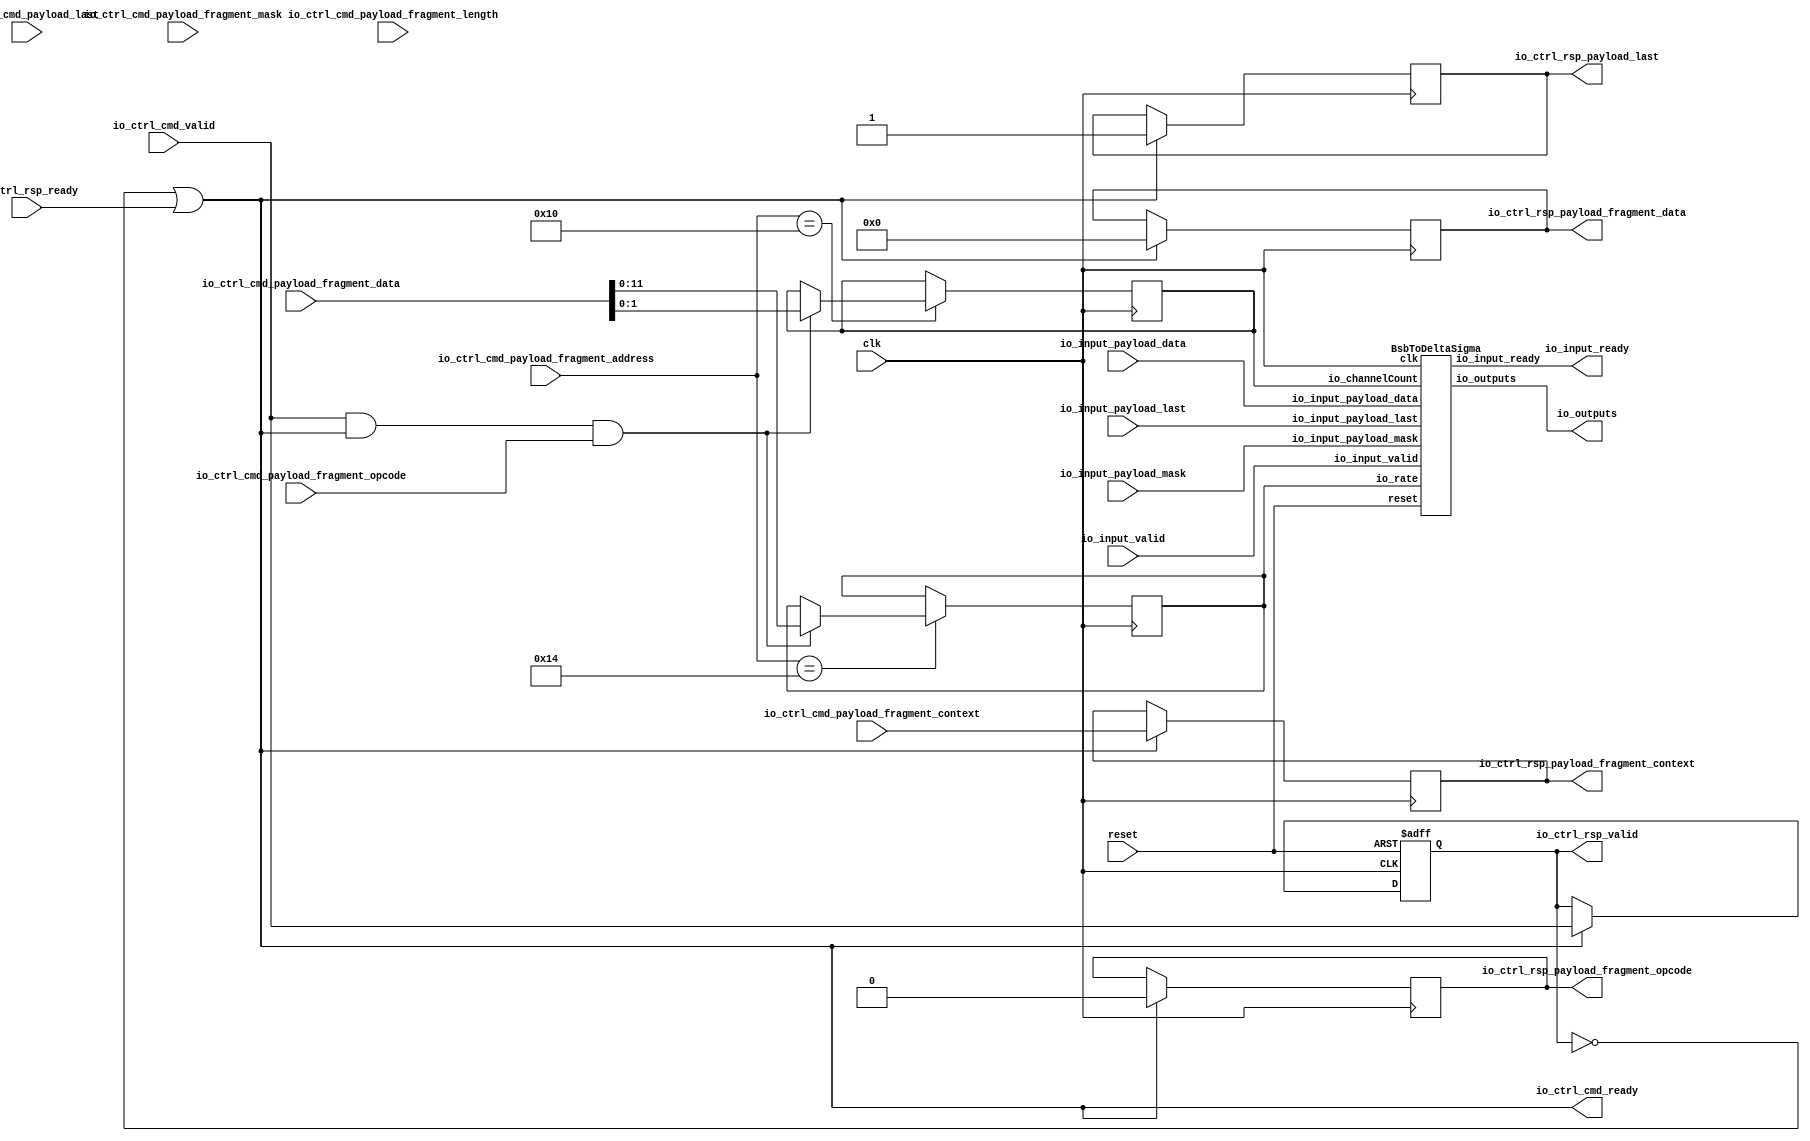
// Generator : SpinalHDL v1.4.3    git head : adf552d8f500e7419fff395b7049228e4bc5de26
// Component : BmbBsbToDeltaSigma
// Git hash  : adf552d8f500e7419fff395b7049228e4bc5de26



module BmbBsbToDeltaSigma (
  input               io_ctrl_cmd_valid,
  output              io_ctrl_cmd_ready,
  input               io_ctrl_cmd_payload_last,
  input      [0:0]    io_ctrl_cmd_payload_fragment_opcode,
  input      [11:0]   io_ctrl_cmd_payload_fragment_address,
  input      [1:0]    io_ctrl_cmd_payload_fragment_length,
  input      [31:0]   io_ctrl_cmd_payload_fragment_data,
  input      [3:0]    io_ctrl_cmd_payload_fragment_mask,
  input      [3:0]    io_ctrl_cmd_payload_fragment_context,
  output              io_ctrl_rsp_valid,
  input               io_ctrl_rsp_ready,
  output              io_ctrl_rsp_payload_last,
  output     [0:0]    io_ctrl_rsp_payload_fragment_opcode,
  output     [31:0]   io_ctrl_rsp_payload_fragment_data,
  output     [3:0]    io_ctrl_rsp_payload_fragment_context,
  input               io_input_valid,
  output              io_input_ready,
  input      [31:0]   io_input_payload_data,
  input      [3:0]    io_input_payload_mask,
  input               io_input_payload_last,
  output     [1:0]    io_outputs,
  input               clk,
  input               reset
);
  wire                core_io_input_ready;
  wire       [1:0]    core_io_outputs;
  wire                ctrl_readHaltTrigger;
  wire                ctrl_writeHaltTrigger;
  wire                ctrl_rsp_valid;
  wire                ctrl_rsp_ready;
  wire                ctrl_rsp_payload_last;
  wire       [0:0]    ctrl_rsp_payload_fragment_opcode;
  wire       [31:0]   ctrl_rsp_payload_fragment_data;
  wire       [3:0]    ctrl_rsp_payload_fragment_context;
  wire                _zz_1;
  wire                _zz_2;
  wire                _zz_3;
  reg                 _zz_4;
  reg                 _zz_5;
  reg        [0:0]    _zz_6;
  reg        [31:0]   _zz_7;
  reg        [3:0]    _zz_8;
  wire                ctrl_askWrite;
  wire                ctrl_askRead;
  wire                ctrl_doWrite;
  wire                ctrl_doRead;
  reg        [1:0]    _zz_9;
  reg        [11:0]   _zz_10;

  BsbToDeltaSigma core (
    .io_channelCount          (_zz_9[1:0]                   ), //i
    .io_rate                  (_zz_10[11:0]                 ), //i
    .io_input_valid           (io_input_valid               ), //i
    .io_input_ready           (core_io_input_ready          ), //o
    .io_input_payload_data    (io_input_payload_data[31:0]  ), //i
    .io_input_payload_mask    (io_input_payload_mask[3:0]   ), //i
    .io_input_payload_last    (io_input_payload_last        ), //i
    .io_outputs               (core_io_outputs[1:0]         ), //o
    .clk                      (clk                          ), //i
    .reset                    (reset                        )  //i
  );
  assign ctrl_readHaltTrigger = 1'b0;
  assign ctrl_writeHaltTrigger = 1'b0;
  assign _zz_1 = (! (ctrl_readHaltTrigger || ctrl_writeHaltTrigger));
  assign ctrl_rsp_ready = (_zz_2 && _zz_1);
  assign _zz_2 = ((1'b1 && (! _zz_3)) || io_ctrl_rsp_ready);
  assign _zz_3 = _zz_4;
  assign io_ctrl_rsp_valid = _zz_3;
  assign io_ctrl_rsp_payload_last = _zz_5;
  assign io_ctrl_rsp_payload_fragment_opcode = _zz_6;
  assign io_ctrl_rsp_payload_fragment_data = _zz_7;
  assign io_ctrl_rsp_payload_fragment_context = _zz_8;
  assign ctrl_askWrite = (io_ctrl_cmd_valid && (io_ctrl_cmd_payload_fragment_opcode == 1'b1));
  assign ctrl_askRead = (io_ctrl_cmd_valid && (io_ctrl_cmd_payload_fragment_opcode == 1'b0));
  assign ctrl_doWrite = ((io_ctrl_cmd_valid && io_ctrl_cmd_ready) && (io_ctrl_cmd_payload_fragment_opcode == 1'b1));
  assign ctrl_doRead = ((io_ctrl_cmd_valid && io_ctrl_cmd_ready) && (io_ctrl_cmd_payload_fragment_opcode == 1'b0));
  assign ctrl_rsp_valid = io_ctrl_cmd_valid;
  assign io_ctrl_cmd_ready = ctrl_rsp_ready;
  assign ctrl_rsp_payload_last = 1'b1;
  assign ctrl_rsp_payload_fragment_opcode = 1'b0;
  assign ctrl_rsp_payload_fragment_data = 32'h0;
  assign ctrl_rsp_payload_fragment_context = io_ctrl_cmd_payload_fragment_context;
  assign io_input_ready = core_io_input_ready;
  assign io_outputs = core_io_outputs;
  always @ (posedge clk or posedge reset) begin
    if (reset) begin
      _zz_4 <= 1'b0;
    end else begin
      if(_zz_2)begin
        _zz_4 <= (ctrl_rsp_valid && _zz_1);
      end
    end
  end

  always @ (posedge clk) begin
    if(_zz_2)begin
      _zz_5 <= ctrl_rsp_payload_last;
      _zz_6 <= ctrl_rsp_payload_fragment_opcode;
      _zz_7 <= ctrl_rsp_payload_fragment_data;
      _zz_8 <= ctrl_rsp_payload_fragment_context;
    end
    case(io_ctrl_cmd_payload_fragment_address)
      12'h010 : begin
        if(ctrl_doWrite)begin
          _zz_9 <= io_ctrl_cmd_payload_fragment_data[1 : 0];
        end
      end
      12'h014 : begin
        if(ctrl_doWrite)begin
          _zz_10 <= io_ctrl_cmd_payload_fragment_data[11 : 0];
        end
      end
      default : begin
      end
    endcase
  end


endmodule

module BsbToDeltaSigma (
  input      [1:0]    io_channelCount,
  input      [11:0]   io_rate,
  input               io_input_valid,
  output              io_input_ready,
  input      [31:0]   io_input_payload_data,
  input      [3:0]    io_input_payload_mask,
  input               io_input_payload_last,
  output reg [1:0]    io_outputs,
  input               clk,
  input               reset
);
  wire       [0:0]    _zz_1;
  reg                 _zz_2;
  wire       [15:0]   _zz_3;
  wire       [15:0]   _zz_4;
  wire                decoder_downSizer_io_input_ready;
  wire                decoder_downSizer_io_output_valid;
  wire       [31:0]   decoder_downSizer_io_output_payload_data;
  wire       [3:0]    decoder_downSizer_io_output_payload_mask;
  wire                decoder_downSizer_io_output_payload_last;
  wire                channels_0_toSigmaDelta_io_output;
  wire                channels_1_toSigmaDelta_io_output;
  wire                _zz_5;
  wire       [1:0]    _zz_6;
  reg                 decoder_downSizer_io_output_thrown_valid;
  wire                decoder_downSizer_io_output_thrown_ready;
  wire       [31:0]   decoder_downSizer_io_output_thrown_payload_data;
  wire       [3:0]    decoder_downSizer_io_output_thrown_payload_mask;
  wire                decoder_downSizer_io_output_thrown_payload_last;
  wire                decoder_toStream_valid;
  wire                decoder_toStream_ready;
  wire       [31:0]   decoder_toStream_payload;
  wire                decoder_output_valid;
  wire                decoder_output_ready;
  reg        [15:0]   decoder_output_payload_0;
  reg        [15:0]   decoder_output_payload_1;
  wire                decoder_adapter_valid;
  wire                decoder_adapter_ready;
  wire       [15:0]   decoder_adapter_payload_0;
  wire       [15:0]   decoder_adapter_payload_1;
  reg        [11:0]   sampler_counter = 12'b000000000000;
  wire                sampler_fire;
  wire                decoder_output_m2sPipe_valid;
  wire                decoder_output_m2sPipe_ready;
  wire       [15:0]   decoder_output_m2sPipe_payload_0;
  wire       [15:0]   decoder_output_m2sPipe_payload_1;
  reg                 decoder_output_m2sPipe_rValid;
  reg        [15:0]   decoder_output_m2sPipe_rData_0;
  reg        [15:0]   decoder_output_m2sPipe_rData_1;
  reg        [15:0]   sampler_state_0;
  reg        [15:0]   sampler_state_1;
  reg                 channels_0_buffer;
  reg                 channels_1_buffer;

  assign _zz_5 = (! decoder_downSizer_io_output_payload_mask[0]);
  assign _zz_6 = (io_channelCount - 2'b01);
  BsbDownSizerAlignedMultiWidth decoder_downSizer (
    .io_sel                    (_zz_1                                           ), //i
    .io_input_valid            (io_input_valid                                  ), //i
    .io_input_ready            (decoder_downSizer_io_input_ready                ), //o
    .io_input_payload_data     (io_input_payload_data[31:0]                     ), //i
    .io_input_payload_mask     (io_input_payload_mask[3:0]                      ), //i
    .io_input_payload_last     (io_input_payload_last                           ), //i
    .io_output_valid           (decoder_downSizer_io_output_valid               ), //o
    .io_output_ready           (_zz_2                                           ), //i
    .io_output_payload_data    (decoder_downSizer_io_output_payload_data[31:0]  ), //o
    .io_output_payload_mask    (decoder_downSizer_io_output_payload_mask[3:0]   ), //o
    .io_output_payload_last    (decoder_downSizer_io_output_payload_last        ), //o
    .clk                       (clk                                             ), //i
    .reset                     (reset                                           )  //i
  );
  UIntToSigmaDeltaFirstOrder channels_0_toSigmaDelta (
    .io_input     (_zz_3[15:0]                        ), //i
    .io_output    (channels_0_toSigmaDelta_io_output  ), //o
    .clk          (clk                                ), //i
    .reset        (reset                              )  //i
  );
  UIntToSigmaDeltaFirstOrder channels_1_toSigmaDelta (
    .io_input     (_zz_4[15:0]                        ), //i
    .io_output    (channels_1_toSigmaDelta_io_output  ), //o
    .clk          (clk                                ), //i
    .reset        (reset                              )  //i
  );
  assign _zz_1 = _zz_6[0:0];
  assign io_input_ready = decoder_downSizer_io_input_ready;
  always @ (*) begin
    decoder_downSizer_io_output_thrown_valid = decoder_downSizer_io_output_valid;
    if(_zz_5)begin
      decoder_downSizer_io_output_thrown_valid = 1'b0;
    end
  end

  always @ (*) begin
    _zz_2 = decoder_downSizer_io_output_thrown_ready;
    if(_zz_5)begin
      _zz_2 = 1'b1;
    end
  end

  assign decoder_downSizer_io_output_thrown_payload_data = decoder_downSizer_io_output_payload_data;
  assign decoder_downSizer_io_output_thrown_payload_mask = decoder_downSizer_io_output_payload_mask;
  assign decoder_downSizer_io_output_thrown_payload_last = decoder_downSizer_io_output_payload_last;
  assign decoder_toStream_valid = decoder_downSizer_io_output_thrown_valid;
  assign decoder_downSizer_io_output_thrown_ready = decoder_toStream_ready;
  assign decoder_toStream_payload = decoder_downSizer_io_output_thrown_payload_data;
  assign decoder_adapter_valid = decoder_toStream_valid;
  assign decoder_toStream_ready = decoder_adapter_ready;
  assign decoder_adapter_payload_0 = decoder_toStream_payload[15 : 0];
  assign decoder_adapter_payload_1 = decoder_toStream_payload[31 : 16];
  assign decoder_output_valid = decoder_adapter_valid;
  assign decoder_adapter_ready = decoder_output_ready;
  always @ (*) begin
    decoder_output_payload_0 = 16'h0;
    case(io_channelCount)
      2'b01 : begin
        decoder_output_payload_0 = decoder_adapter_payload_0;
      end
      2'b10 : begin
        decoder_output_payload_0 = decoder_adapter_payload_0;
      end
      default : begin
      end
    endcase
  end

  always @ (*) begin
    decoder_output_payload_1 = 16'h0;
    case(io_channelCount)
      2'b01 : begin
        decoder_output_payload_1 = decoder_adapter_payload_0;
      end
      2'b10 : begin
        decoder_output_payload_1 = decoder_adapter_payload_1;
      end
      default : begin
      end
    endcase
  end

  assign sampler_fire = ((sampler_counter == io_rate) || (io_channelCount == 2'b00));
  assign decoder_output_ready = ((1'b1 && (! decoder_output_m2sPipe_valid)) || decoder_output_m2sPipe_ready);
  assign decoder_output_m2sPipe_valid = decoder_output_m2sPipe_rValid;
  assign decoder_output_m2sPipe_payload_0 = decoder_output_m2sPipe_rData_0;
  assign decoder_output_m2sPipe_payload_1 = decoder_output_m2sPipe_rData_1;
  assign decoder_output_m2sPipe_ready = (1'b1 && sampler_fire);
  assign _zz_3 = (sampler_state_0 ^ 16'h8000);
  always @ (*) begin
    io_outputs[0] = channels_0_buffer;
    io_outputs[1] = channels_1_buffer;
  end

  assign _zz_4 = (sampler_state_1 ^ 16'h8000);
  always @ (posedge clk) begin
    sampler_counter <= (sampler_counter + 12'h001);
    if(sampler_fire)begin
      sampler_counter <= 12'h0;
    end
    if(decoder_output_ready)begin
      decoder_output_m2sPipe_rData_0 <= decoder_output_payload_0;
      decoder_output_m2sPipe_rData_1 <= decoder_output_payload_1;
    end
    if((decoder_output_m2sPipe_valid && sampler_fire))begin
      sampler_state_0 <= decoder_output_m2sPipe_payload_0;
      sampler_state_1 <= decoder_output_m2sPipe_payload_1;
    end
    channels_0_buffer <= (channels_0_toSigmaDelta_io_output && (io_channelCount != 2'b00));
    channels_1_buffer <= (channels_1_toSigmaDelta_io_output && (io_channelCount != 2'b00));
  end

  always @ (posedge clk or posedge reset) begin
    if (reset) begin
      decoder_output_m2sPipe_rValid <= 1'b0;
    end else begin
      if(decoder_output_ready)begin
        decoder_output_m2sPipe_rValid <= decoder_output_valid;
      end
    end
  end


endmodule

//UIntToSigmaDeltaFirstOrder replaced by UIntToSigmaDeltaFirstOrder

module UIntToSigmaDeltaFirstOrder (
  input      [15:0]   io_input,
  output              io_output,
  input               clk,
  input               reset
);
  wire       [0:0]    _zz_1;
  wire       [1:0]    _zz_2;
  wire       [15:0]   _zz_3;
  reg        [16:0]   accumulator = 17'b00000000000000000;
  wire                counter_willIncrement;
  wire                counter_willClear;
  reg        [1:0]    counter_valueNext;
  reg        [1:0]    counter_value;
  wire                counter_willOverflowIfInc;
  wire                counter_willOverflow;
  wire       [2:0]    symbol;

  assign _zz_1 = counter_willIncrement;
  assign _zz_2 = {1'd0, _zz_1};
  assign _zz_3 = accumulator[15:0];
  assign counter_willClear = 1'b0;
  assign counter_willOverflowIfInc = (counter_value == 2'b10);
  assign counter_willOverflow = (counter_willOverflowIfInc && counter_willIncrement);
  always @ (*) begin
    if(counter_willOverflow)begin
      counter_valueNext = 2'b00;
    end else begin
      counter_valueNext = (counter_value + _zz_2);
    end
    if(counter_willClear)begin
      counter_valueNext = 2'b00;
    end
  end

  assign counter_willIncrement = 1'b1;
  assign symbol = (accumulator[16] ? 3'b110 : 3'b100);
  assign io_output = symbol[counter_value];
  always @ (posedge clk or posedge reset) begin
    if (reset) begin
      counter_value <= 2'b00;
    end else begin
      counter_value <= counter_valueNext;
    end
  end

  always @ (posedge clk) begin
    if((counter_value == 2'b10))begin
      accumulator <= ({1'b0,_zz_3} + {1'b0,io_input});
    end
  end


endmodule

module BsbDownSizerAlignedMultiWidth (
  input      [0:0]    io_sel,
  input               io_input_valid,
  output              io_input_ready,
  input      [31:0]   io_input_payload_data,
  input      [3:0]    io_input_payload_mask,
  input               io_input_payload_last,
  output              io_output_valid,
  input               io_output_ready,
  output reg [31:0]   io_output_payload_data,
  output reg [3:0]    io_output_payload_mask,
  output              io_output_payload_last,
  input               clk,
  input               reset
);
  reg        [2:0]    _zz_1;
  reg        [15:0]   _zz_2;
  reg        [1:0]    _zz_3;
  wire       [1:0]    _zz_4;
  wire       [1:0]    _zz_5;
  wire       [2:0]    _zz_6;
  wire       [0:0]    _zz_7;
  wire       [0:0]    _zz_8;
  reg        [1:0]    counter;
  reg                 end_1;

  assign _zz_4 = _zz_1[1:0];
  assign _zz_5 = 2'b10;
  assign _zz_6 = {1'd0, _zz_5};
  assign _zz_7 = (counter >>> 1);
  assign _zz_8 = (counter >>> 1);
  always @(*) begin
    case(io_sel)
      1'b0 : begin
        _zz_1 = _zz_6;
      end
      default : begin
        _zz_1 = 3'b100;
      end
    endcase
  end

  always @(*) begin
    case(_zz_7)
      1'b0 : begin
        _zz_2 = io_input_payload_data[15 : 0];
      end
      default : begin
        _zz_2 = io_input_payload_data[31 : 16];
      end
    endcase
  end

  always @(*) begin
    case(_zz_8)
      1'b0 : begin
        _zz_3 = io_input_payload_mask[1 : 0];
      end
      default : begin
        _zz_3 = io_input_payload_mask[3 : 2];
      end
    endcase
  end

  always @ (*) begin
    end_1 = 1'b0;
    case(io_sel)
      1'b0 : begin
        if((counter == 2'b10))begin
          end_1 = 1'b1;
        end
      end
      default : begin
        if((counter == 2'b00))begin
          end_1 = 1'b1;
        end
      end
    endcase
  end

  assign io_input_ready = (io_output_ready && end_1);
  assign io_output_valid = io_input_valid;
  assign io_output_payload_last = (io_input_payload_last && end_1);
  always @ (*) begin
    io_output_payload_data = 32'h0;
    case(io_sel)
      1'b0 : begin
        io_output_payload_data[15 : 0] = _zz_2;
      end
      default : begin
        io_output_payload_data[31 : 0] = io_input_payload_data[31 : 0];
      end
    endcase
  end

  always @ (*) begin
    io_output_payload_mask = 4'b0000;
    case(io_sel)
      1'b0 : begin
        io_output_payload_mask[1 : 0] = _zz_3;
      end
      default : begin
        io_output_payload_mask[3 : 0] = io_input_payload_mask[3 : 0];
      end
    endcase
  end

  always @ (posedge clk or posedge reset) begin
    if (reset) begin
      counter <= 2'b00;
    end else begin
      if((io_output_valid && io_output_ready))begin
        counter <= (counter + _zz_4);
      end
      if((io_input_valid && io_input_ready))begin
        counter <= 2'b00;
      end
    end
  end


endmodule